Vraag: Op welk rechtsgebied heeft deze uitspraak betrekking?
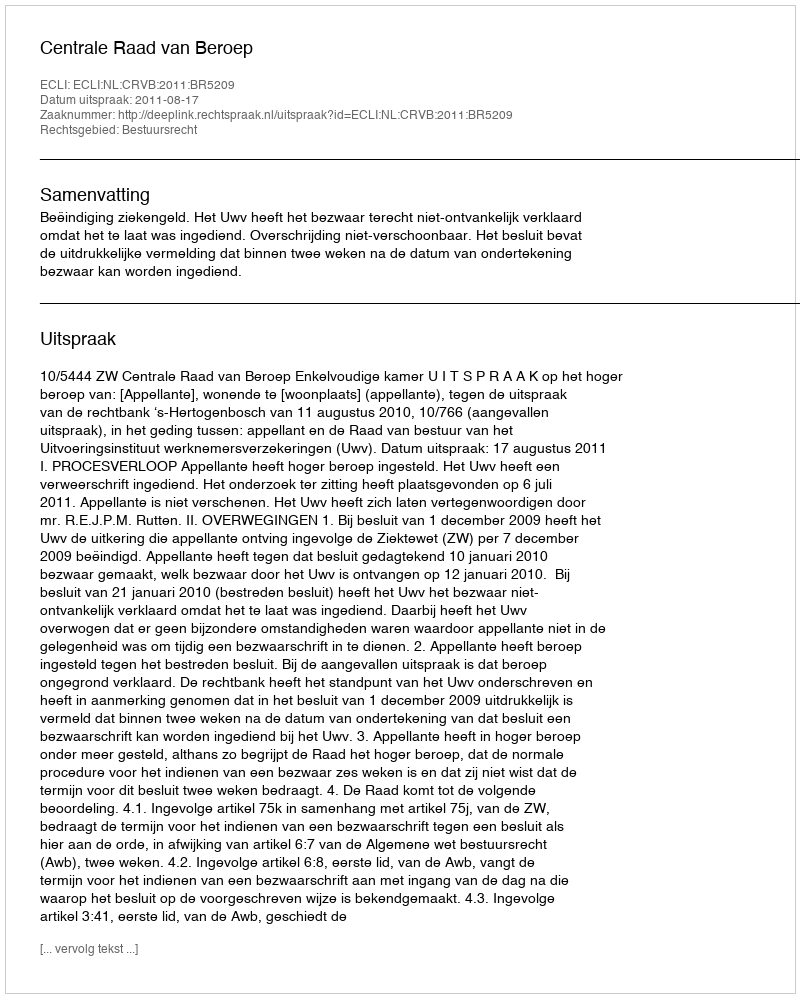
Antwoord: Bestuursrecht